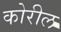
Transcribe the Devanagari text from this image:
कोरील